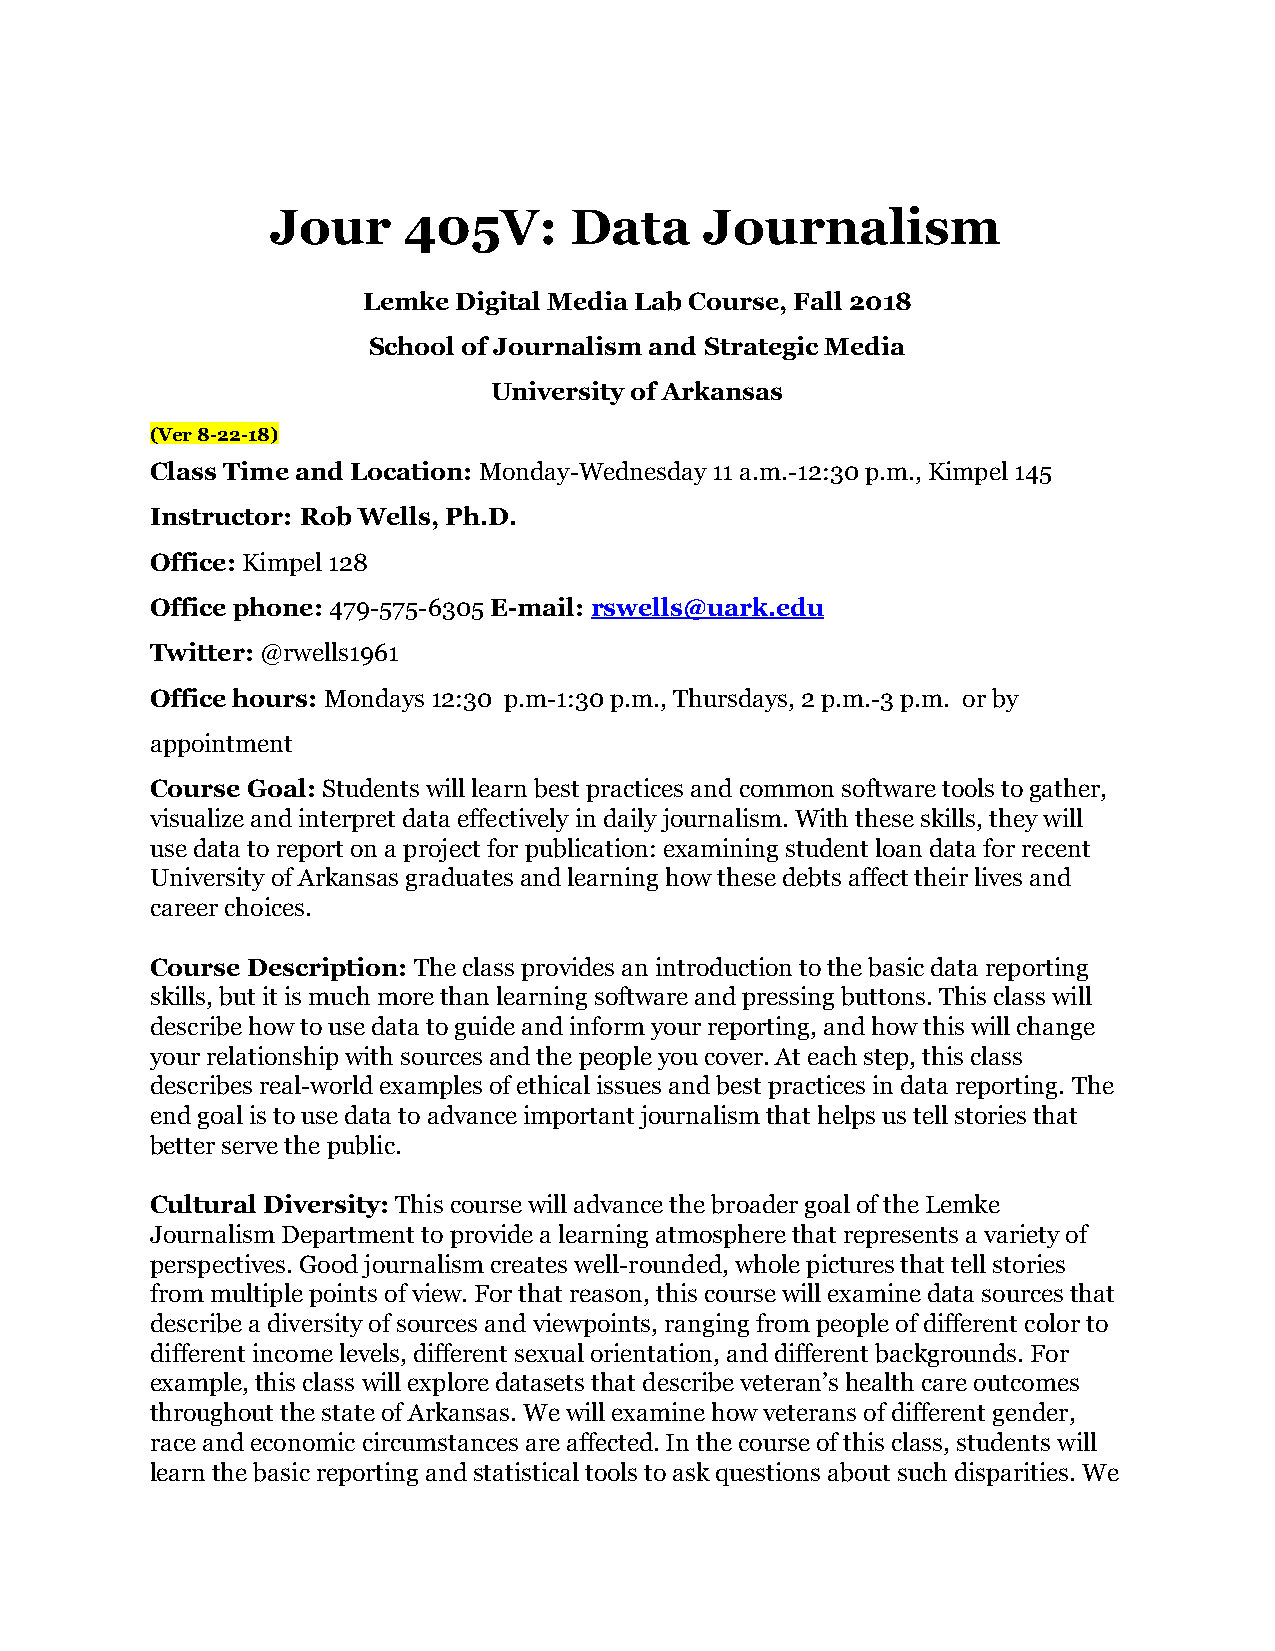
Jour     405V:      Data     Journalism
 Lemke Digital Media Lab Course, Fall 2018
 School of Journalism and Strategic Media
 University of Arkansas
 (Ver 8-22-18)
 Class Time and Location: Monday-Wednesday 11 a.m.-12:30 p.m., Kimpel 145
 ​
 Instructor: Rob Wells, Ph.D.
 Office: Kimpel 128
 ​
 Office phone: 479-575-6305 E-mail: rswells@uark.edu
 ​         ​      ​       ​
 Twitter: @rwells1961
 ​
 Office hours: Mondays 12:30 p.m-1:30 p.m., Thursdays, 2 p.m.-3 p.m. or by
 ​
 appointment
 Course Goal: Students will learn best practices and common software tools to gather,
 ​
 visualize and interpret data effectively in daily journalism. With these skills, they will
 use data to report on a project for publication: examining student loan data for recent
 University of Arkansas graduates and learning how these debts affect their lives and
 career choices.
 Course Description: The class provides an introduction to the basic data reporting
 ​
 skills, but it is much more than learning software and pressing buttons. This class will
 describe how to use data to guide and inform your reporting, and how this will change
 your relationship with sources and the people you cover. At each step, this class
 describes real-world examples of ethical issues and best practices in data reporting. The
 end goal is to use data to advance important journalism that helps us tell stories that
 better serve the public.
 Cultural Diversity: This course will advance the broader goal of the Lemke
 ​
 Journalism Department to provide a learning atmosphere that represents a variety of
 perspectives. Good journalism creates well-rounded, whole pictures that tell stories
 from multiple points of view. For that reason, this course will examine data sources that
 describe a diversity of sources and viewpoints, ranging from people of different color to
 different income levels, different sexual orientation, and different backgrounds. For
 example, this class will explore datasets that describe veteran’s health care outcomes
 throughout the state of Arkansas. We will examine how veterans of different gender,
 race and economic circumstances are affected. In the course of this class, students will
 learn the basic reporting and statistical tools to ask questions about such disparities. We